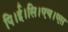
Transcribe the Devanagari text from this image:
पि।ई।सि।एच।एस